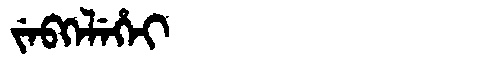
Manchu: ᠵᡝᠪᡴᡝᠯᡝᡥᡝᡳ
Romanization: JEBKELEHEI